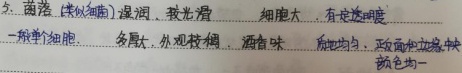
5. 菌落（类似细菌）湿润、较光滑，细胞大，有一定透明度。一般单个细胞，多呈，外观较稠，酒香味，质地均匀，颜色均一 ，顶部和边缘较淡 ，颜色均一 。